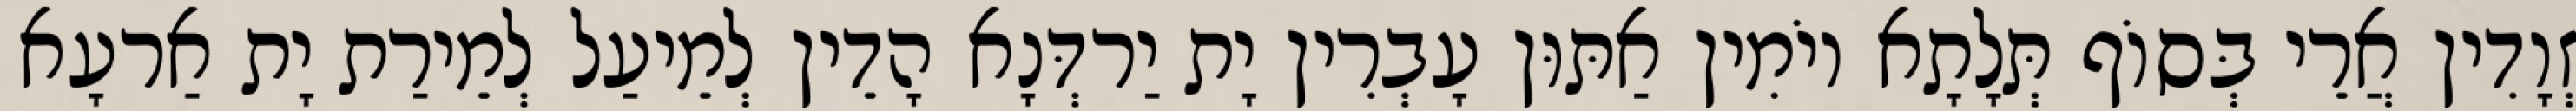
זְוָדִין אֲרֵי בְּסוֹף תְּלָתָא יוֹמִין אַתּוּן עָבְרִין יָת יַרדְּנָא הָדֵין לְמֵיעַל לְמֵירַת יָת אַרעָא